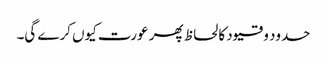
حدود و قیود کا لحاظ پھر عورت کیوں کرے گی۔